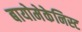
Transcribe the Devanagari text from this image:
बायोमेकेनिस्ट